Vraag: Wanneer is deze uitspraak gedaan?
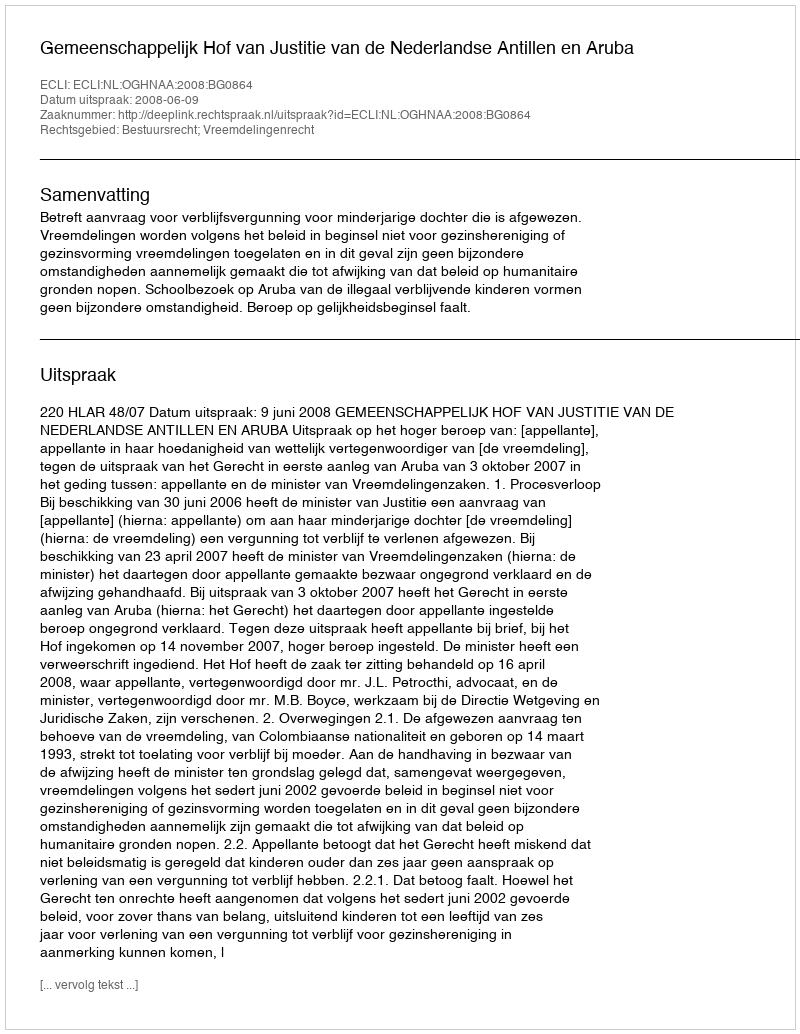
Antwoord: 2008-06-09